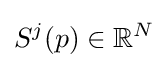
S^{j}(p)\in \mathbb {R} ^{N}